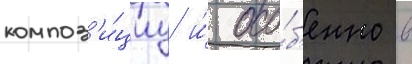
композ'и́циу и́ осо́б'енно в